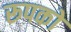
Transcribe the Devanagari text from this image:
रूपको